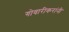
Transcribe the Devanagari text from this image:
गोवारीकरांनी